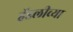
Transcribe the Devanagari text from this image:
हॅडलीच्या